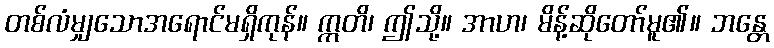
တစ်လံမျှသောအရောင်မရှိကုန်။ ဣတိ၊ ဤသို့။ အာဟ၊ မိန့်ဆိုတော်မူ၏။ ဘန္တေ